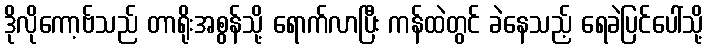
ဒိုလိုကော့ဗ်သည် တာရိုးအစွန်သို့ ရောက်လာပြီး ကန်ထဲတွင် ခဲနေသည့် ရေခဲပြင်ပေါ်သို့